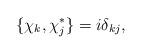
LaTeX: \begin{align*}\{\chi_{k}, \chi^{*}_{j}\} = i \delta_{kj},\end{align*}